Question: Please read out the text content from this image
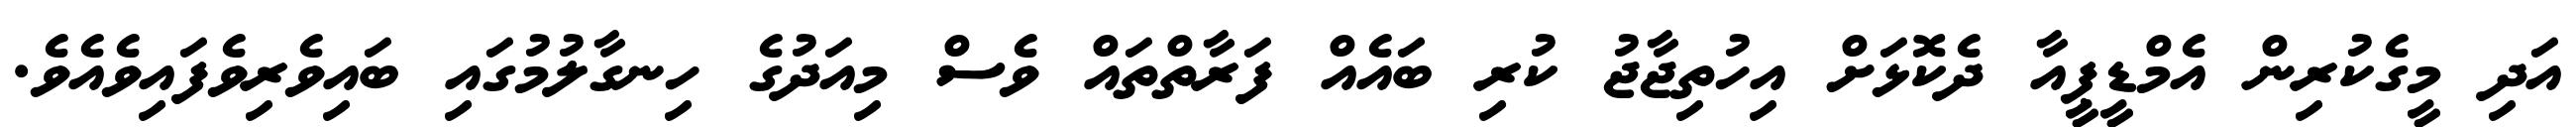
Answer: އަދި މީގެކުރިން އެމްޑީޕީއާ ދެކޮޅަށް އިހުތިޖާޖު ކުރި ބައެއް ފަރާތްތައް ވެސް މިއަދުގެ ހިނގާލުމުގައި ބައިވެރިވެފައިވެއެވެ.